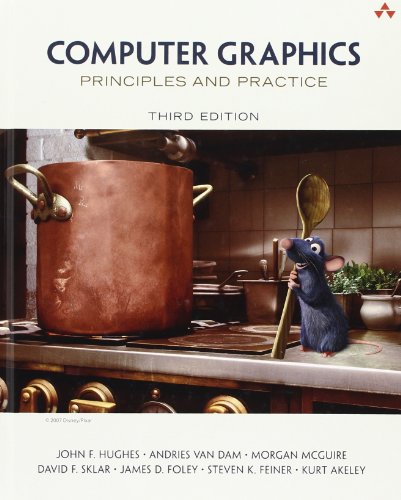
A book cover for Computer Graphics: Principles and Practice (3rd Edition); John F. Hughes; Computers & Technology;